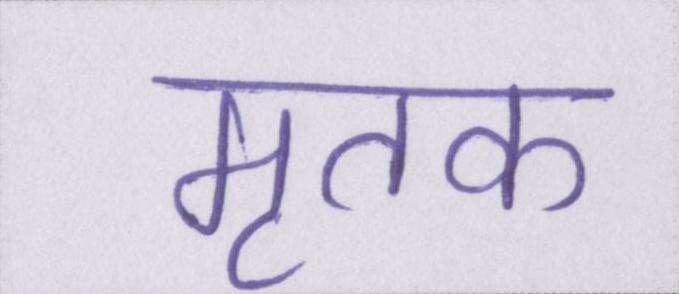
मृतक